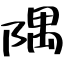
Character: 隅